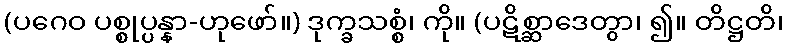
(ပဂေဝ ပစ္စုပ္ပန္နာ-ဟုဖော်။) ဒုက္ခသစ္စံ၊ ကို။ (ပဋိစ္ဆာဒေတွာ၊ ၍။ တိဋ္ဌတိ၊